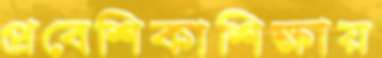
প্রবেশিকাশিক্ষায়